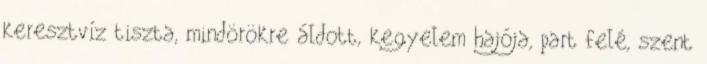
keresztvíz tiszta, mindörökre áldott, kegyelem hajója, part felé, szent